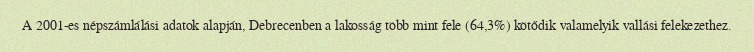
A 2001-es népszámlálási adatok alapján, Debrecenben a lakosság több mint fele (64,3%) kötődik valamelyik vallási felekezethez.